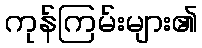
ကုန်ကြမ်းများ၏